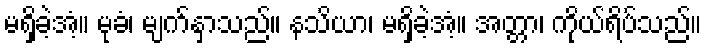
မရှိခဲ့အံ့။ မုခံ၊ မျက်နှာသည်။ နသိယာ၊ မရှိခဲ့အံ့။ အတ္တာ၊ ကိုယ်ရိပ်သည်။